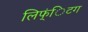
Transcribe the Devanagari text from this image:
लिफ्ंिटग